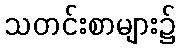
သတင်းစာများ၌